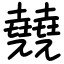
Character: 㚁